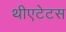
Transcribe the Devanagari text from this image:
थीएटेटस